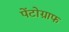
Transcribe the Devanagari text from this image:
पेंटोग्राफ